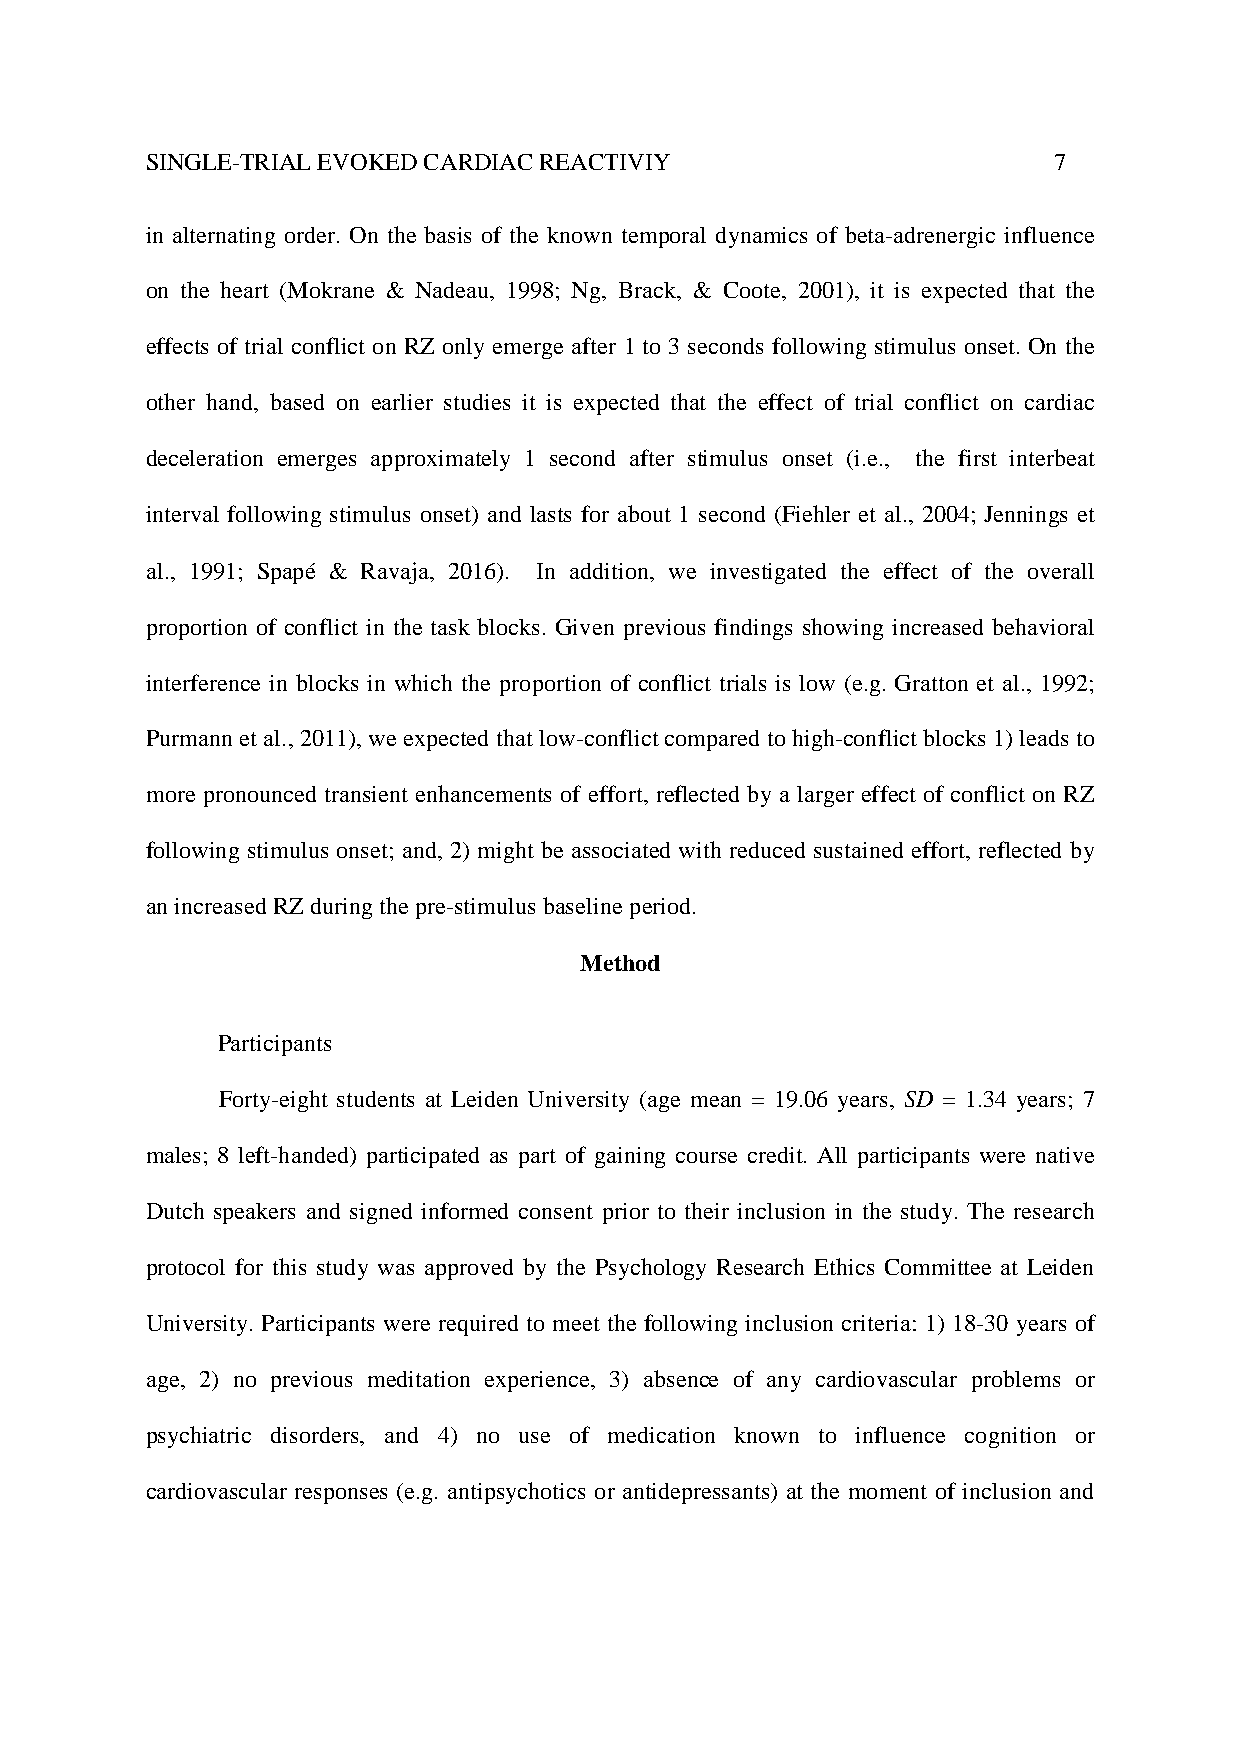
SINGLE-TRIAL EVOKED CARDIAC REACTIVIY                       7
 in alternating order. On the basis of the known temporal dynamics of beta-adrenergic influence
 on the heart (Mokrane & Nadeau, 1998; Ng, Brack, & Coote, 2001), it is expected that the
 effects of trial conflict on RZ only emerge after 1 to 3 seconds following stimulus onset. On the
 other hand, based on earlier studies it is expected that the effect of trial conflict on cardiac
 deceleration emerges approximately 1 second after stimulus onset (i.e., the first interbeat
 interval following stimulus onset) and lasts for about 1 second (Fiehler et al., 2004; Jennings et
 al., 1991; Spapé & Ravaja, 2016). In addition, we investigated the effect of the overall
 proportion of conflict in the task blocks. Given previous findings showing increased behavioral
 interference in blocks in which the proportion of conflict trials is low (e.g. Gratton et al., 1992;
 Purmann et al., 2011), we expected that low-conflict compared to high-conflict blocks 1) leads to
 more pronounced transient enhancements of effort, reflected by a larger effect of conflict on RZ
 following stimulus onset; and, 2) might be associated with reduced sustained effort, reflected by
 an increased RZ during the pre-stimulus baseline period.
 Method
 Participants
 Forty-eight students at Leiden University (age mean = 19.06 years, SD = 1.34 years; 7
 males; 8 left-handed) participated as part of gaining course credit. All participants were native
 Dutch speakers and signed informed consent prior to their inclusion in the study. The research
 protocol for this study was approved by the Psychology Research Ethics Committee at Leiden
 University. Participants were required to meet the following inclusion criteria: 1) 18-30 years of
 age, 2) no previous meditation experience, 3) absence of any cardiovascular problems or
 psychiatric disorders, and 4) no use of medication known to influence cognition or
 cardiovascular responses (e.g. antipsychotics or antidepressants) at the moment of inclusion and